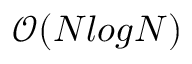
\mathcal { O } ( N l o g N )